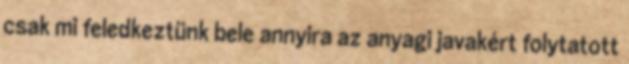
csak mi feledkeztünk bele annyira az anyagi javakért folytatott